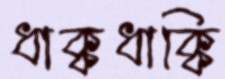
ধাক্কধাক্কি